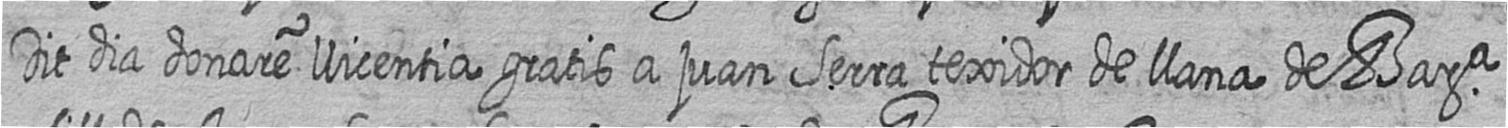
Dit dia donare llicentia gratis a juan Serra texidor de llana de Bara